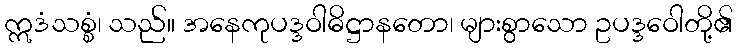
ဣဒံသစ္စံ၊ သည်။ အနေကုပဒ္ဒဝါဓိဋ္ဌာနတော၊ များစွာသော ဥပဒ္ဒဝေါတို့၏